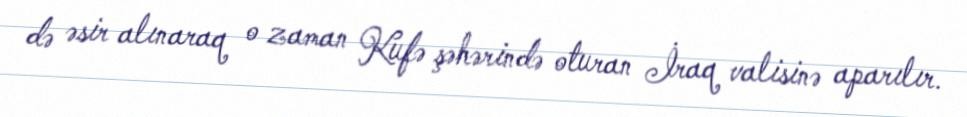
də əsir alınaraq o zaman Kufə şəhərində oturan İraq valisinə aparılır.